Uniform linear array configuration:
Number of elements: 32
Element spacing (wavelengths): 0.25
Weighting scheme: cosine
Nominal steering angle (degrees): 30
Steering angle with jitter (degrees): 29.328
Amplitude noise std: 0.05
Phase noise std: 0.05

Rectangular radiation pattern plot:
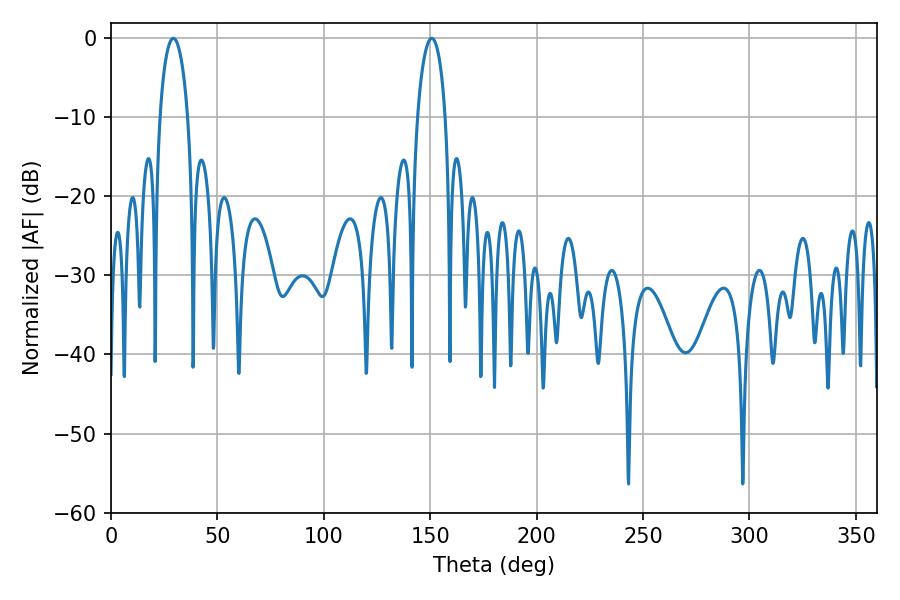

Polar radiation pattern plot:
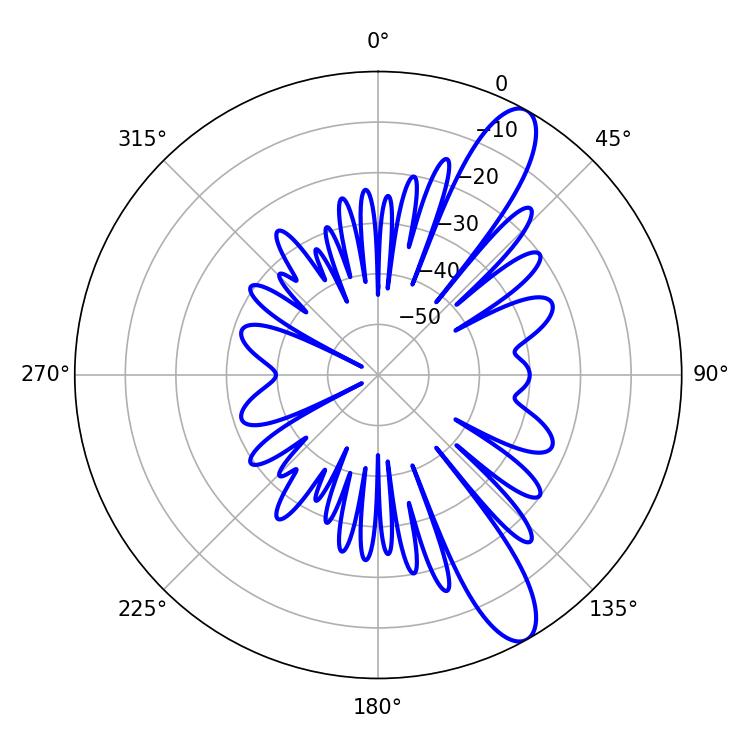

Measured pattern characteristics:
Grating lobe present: FALSE
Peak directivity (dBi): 11.505
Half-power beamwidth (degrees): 7.56
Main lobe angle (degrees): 29.34